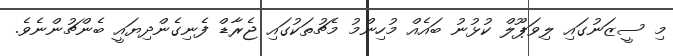
މި ސީޒަނުގައި ލިވަޕޫލް ކުޅުނު ބައެއް މުހިންމު މެޗުތަކުގައި ޖެރާޑް ފެނިގެންދިޔައީ ބެންޗުންނެވެ.